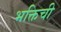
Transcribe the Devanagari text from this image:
भक्तिची